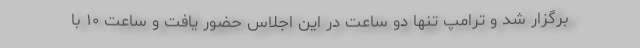
برگزار شد و ترامپ تنها دو ساعت در این اجلاس حضور یافت و ساعت ۱۰ با